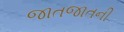
જાતજાતની